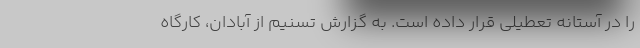
را در آستانه تعطیلی قرار داده است. به گزارش تسنیم از آبادان، کارگاه